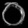
Digit: ၀